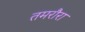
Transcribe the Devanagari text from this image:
तमरौरा